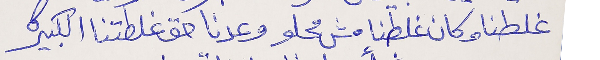
غلطنا وكان غلطنا مش محلو      وعدنا حق غلطتنا الكبيره